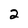
Character: 2